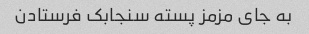
به جای مزمز پسته سنجابک فرستادن